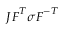
J { \boldsymbol { F } } ^ { T } { \boldsymbol { \sigma } } { \boldsymbol { F } } ^ { - T }